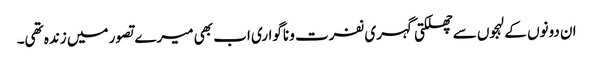
ان دونوں کے لہجوں سے چھلکتی گہری نفرت و ناگواری اب بھی میرے تصور میں زندہ تھی۔